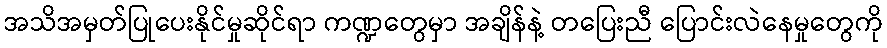
အသိအမှတ်ပြုပေးနိုင်မှုဆိုင်ရာ ကဏ္ဍတွေမှာ အချိန်နဲ့ တပြေးညီ ပြောင်းလဲနေမှုတွေကို